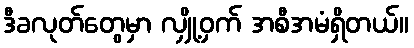
ဒီခလုတ်တွေမှာ လျှို့ဝှက် အစီအမံရှိတယ်။